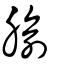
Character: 腧